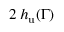
2 \: h _ { \mathrm { u } } ( \Gamma )